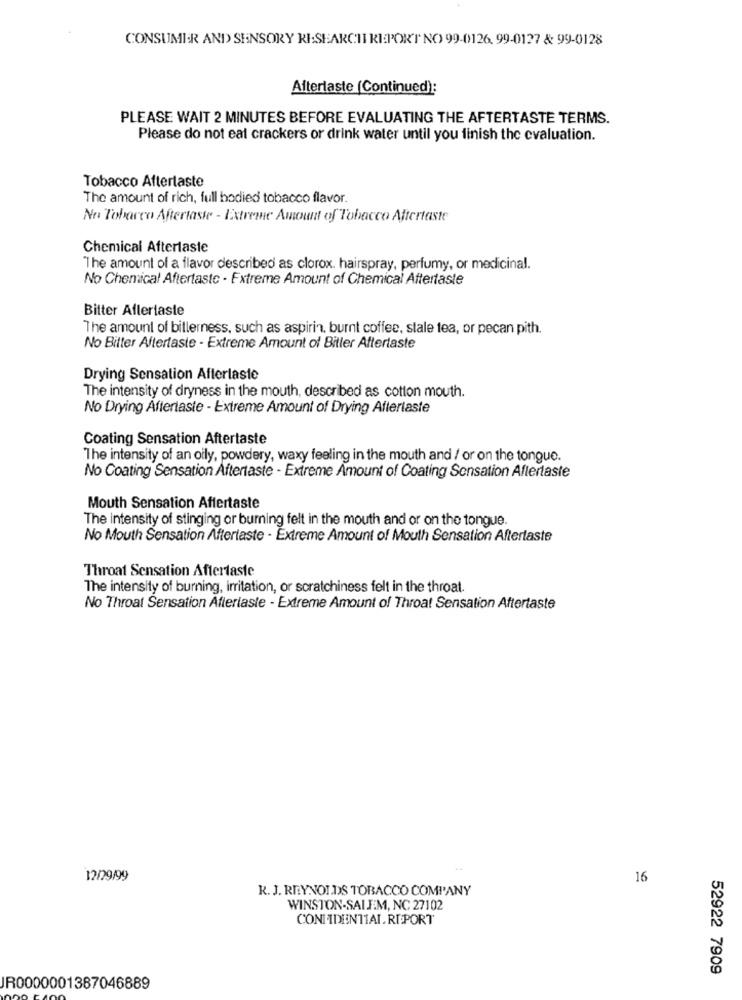
CONSUMER AND> SENSORY RI:SEARCH REPORT NO 99-0126, 99-0127 & 99-0128
Afterlaste (Continued):
PLEASE WAIT 2 MINUTES BEFORE EVALUATING THE AFTERTASTE TERMS.
Please do not eat crackers or drink water until you finish the evaluation.
Tobacco Aftertaste
The amount of rich, full bodied tobacco flavor.
No Tobarco Aftertaste - Extreme Amount of Tobacco Aftertaste
Chemical Aftertaste
The amount of a flavor described as clorox. hairspray, perfumy, or medicinal.
No Chemical Aftertaste - Extreme Amount of Chemical Aftertaste
Bitter Aftertaste
The amount of bitterness, such as aspirin, burnt coffee, stale tea, or pecan pith.
No Bitter Aftertaste - Extreme Amount of Bitler Aftertaste
Drying Sensation Afterlaste
The intensity of dryness in the mouth, described as cotton mouth.
No Drying Aftertaste - Extreme Amount of Drying Aftertaste
Coating Sensation Aftertaste
The intensity of an oily, powdery, waxy feeling in the mouth and / or on the tongue.
No Coating Sensation Aftertaste - Extreme Amount of Coating Sensation Aftertaste
Mouth Sensation Aftertaste
The intensity of stinging or burning felt in the mouth and or on the tongue.
No Mouth Sensation Aftertaste - Extreme Amount of Mouth Sensation Aftertaste
Throat Sensation Aftertaste
The intensity of burning, irritation, or scratchiness felt in the throat.
No Throat Sensation Afteriasle - Extreme Amount of Throat Sensation Aftertaste
12/29/99
16
R. J. REYNOLDS TOBACCO COMPANY
WINSTON-SALEM, NC 27102
CONFIDENTIAL. REPORT
52922 7909
IR0000001387046889